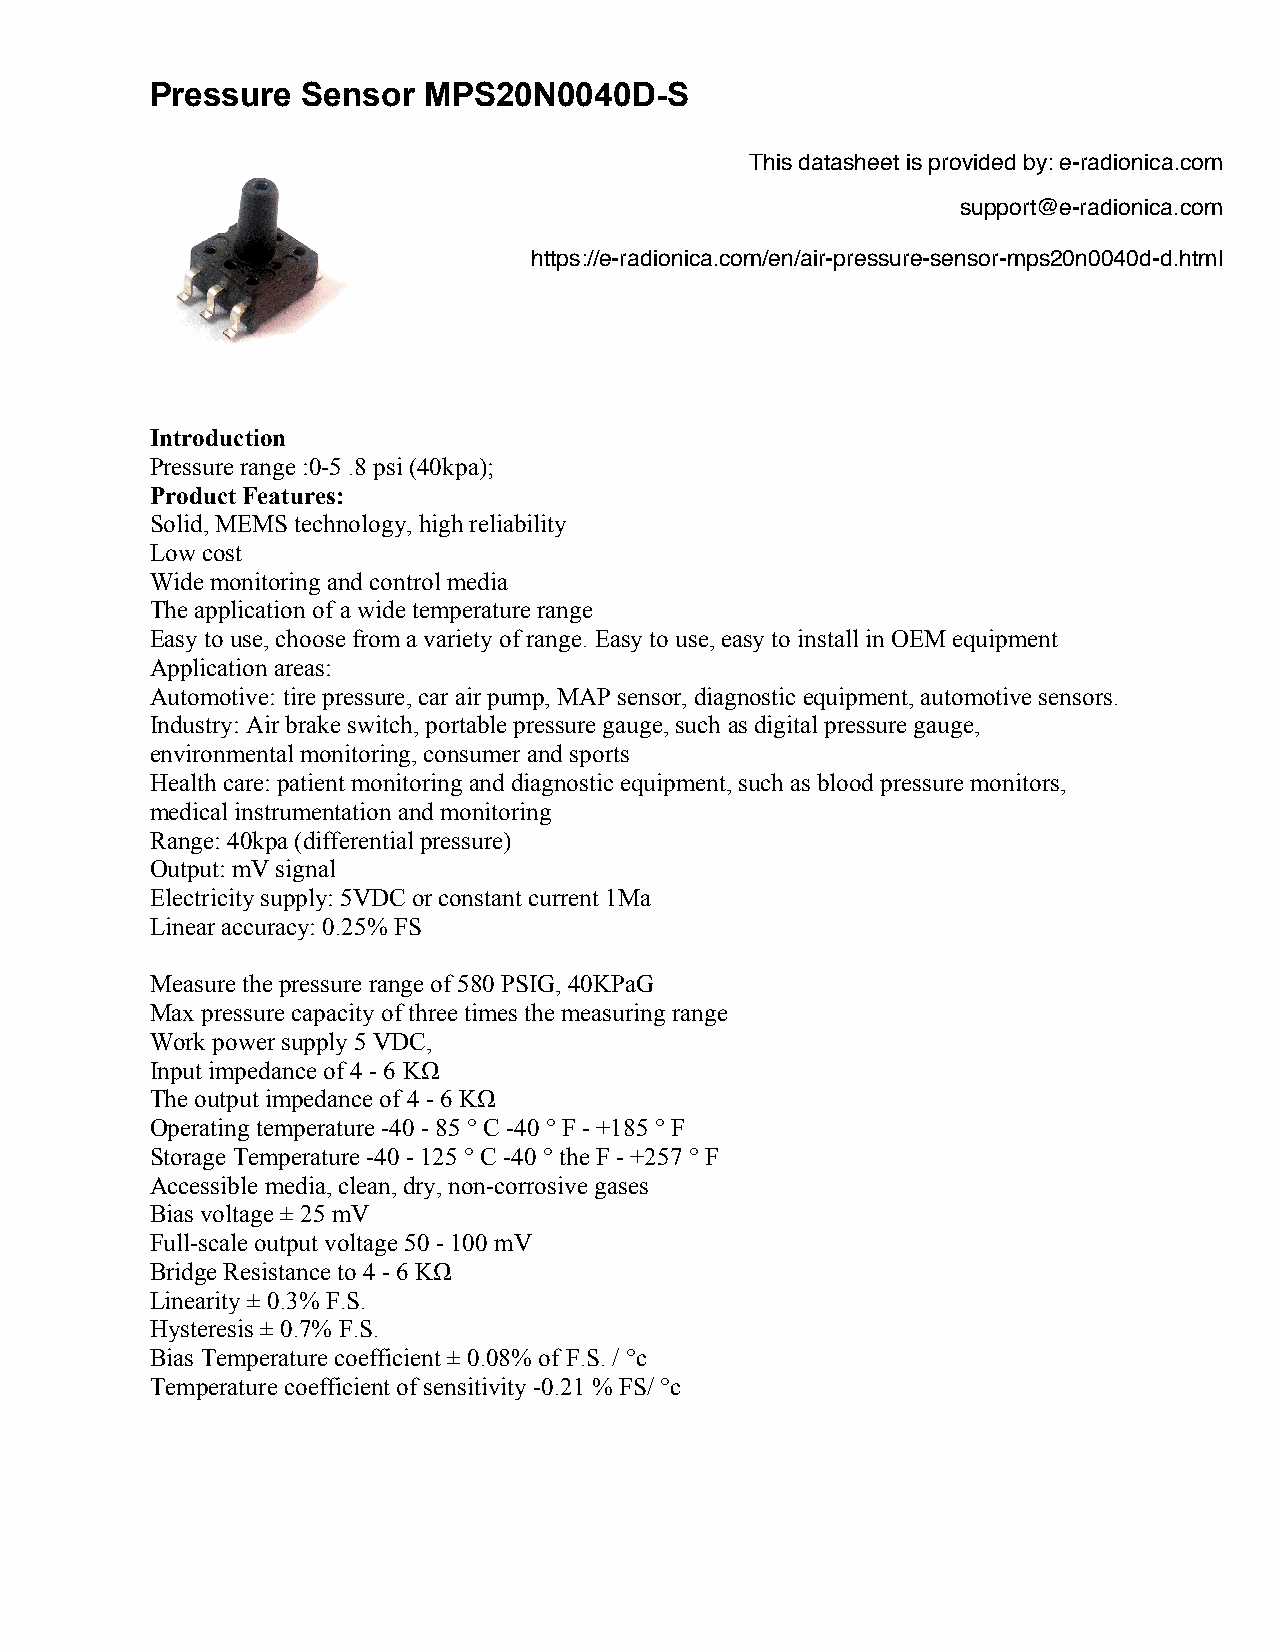
Pressure  Sensor  MPS20N0040D-S
 Introduction
 Pressure range :0-5 .8 psi (40kpa);
 Product Features:
 Solid, MEMS technology, high reliability
 Low cost
 Wide monitoring and control media
 The application of a wide temperature range
 Easy to use, choose from a variety of range. Easy to use, easy to install in OEM equipment
 Application areas:
 Automotive: tire pressure, car air pump, MAP sensor, diagnostic equipment, automotive sensors.
 Industry: Air brake switch, portable pressure gauge, such as digital pressure gauge,
 environmental monitoring, consumer and sports
 Health care: patient monitoring and diagnostic equipment, such as blood pressure monitors,
 medical instrumentation and monitoring
 Range: 40kpa (differential pressure)
 Output: mV signal
 Electricity supply: 5VDC or constant current 1Ma
 Linear accuracy: 0.25% FS
 Measure the pressure range of 580 PSIG, 40KPaG
 Max pressure capacity of three times the measuring range
 Work power supply 5 VDC,
 Input impedance of 4 - 6 KΩ
 The output impedance of 4 - 6 KΩ
 Operating temperature -40 - 85 ° C -40 ° F - +185 ° F
 Storage Temperature -40 - 125 ° C -40 ° the F - +257 ° F
 Accessible media, clean, dry, non-corrosive gases
 Bias voltage ± 25 mV
 Full-scale output voltage 50 - 100 mV
 Bridge Resistance to 4 - 6 KΩ
 Linearity ± 0.3% F.S.
 Hysteresis ± 0.7% F.S.
 Bias Temperature coefficient ± 0.08% of F.S. / °c
 Temperature coefficient of sensitivity -0.21 % FS/ °c